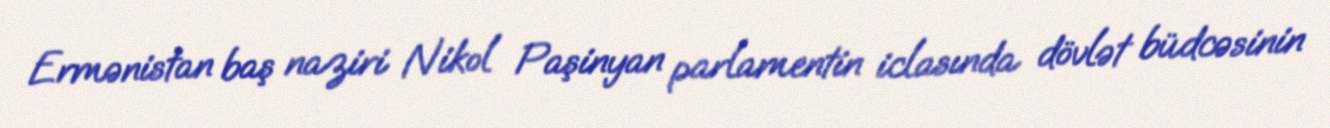
Ermənistan baş naziri Nikol Paşinyan parlamentin iclasında dövlət büdcəsinin